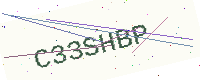
Text: C33SHBP